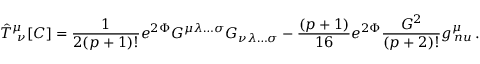
{ \hat { T } } _ { \ \nu } ^ { \mu } [ C ] = { \frac { 1 } { 2 ( p + 1 ) ! } } e ^ { 2 \Phi } G ^ { \mu \lambda \ldots \sigma } G _ { \nu \lambda \ldots \sigma } - { \frac { ( p + 1 ) } { 1 6 } } e ^ { 2 \Phi } { \frac { G ^ { 2 } } { ( p + 2 ) ! } } g _ { \, n u } ^ { \mu } \, .